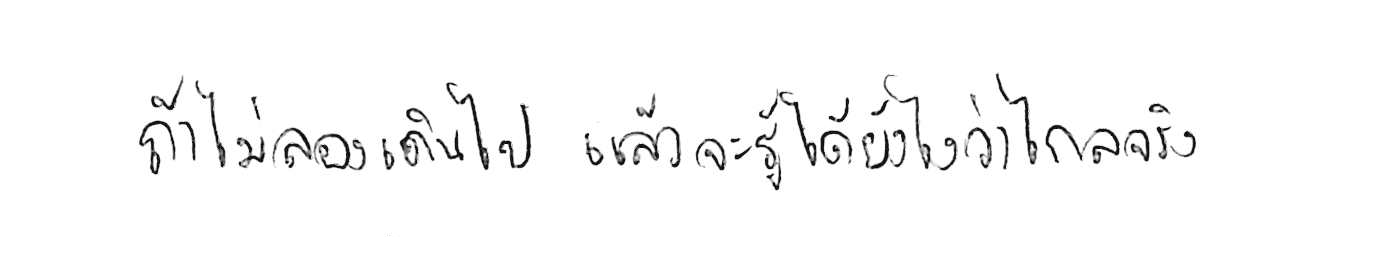
ถ้าไม่ลองเดินไป แล้วจะรู้ได้ยังไงว่าไกลจริง